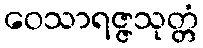
ဝေသာရဇ္ဇသုတ္တံ